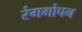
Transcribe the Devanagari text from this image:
रंगगोपन